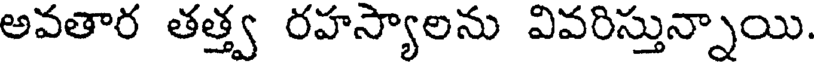
అవతార తత్త్వ రహస్యాలను వివరిస్తున్నాయి.